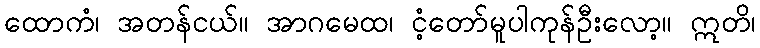
ထောကံ၊ အတန်ငယ်။ အာဂမေထ၊ ငံ့တော်မူပါကုန်ဦးလော့။ ဣတိ၊